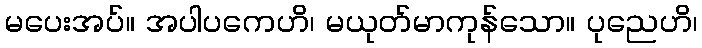
မပေးအပ်။ အပါပကေဟိ၊ မယုတ်မာကုန်သော။ ပုညေဟိ၊